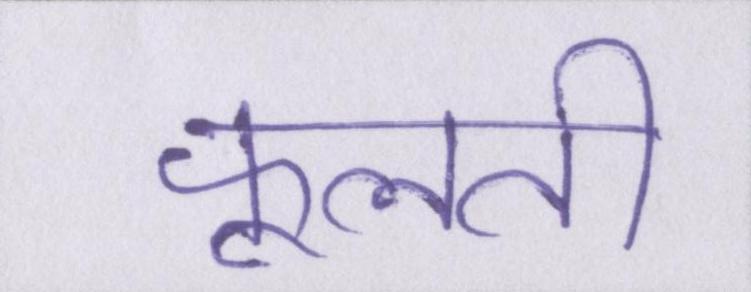
फूलती